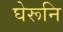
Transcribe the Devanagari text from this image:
घेरूनि